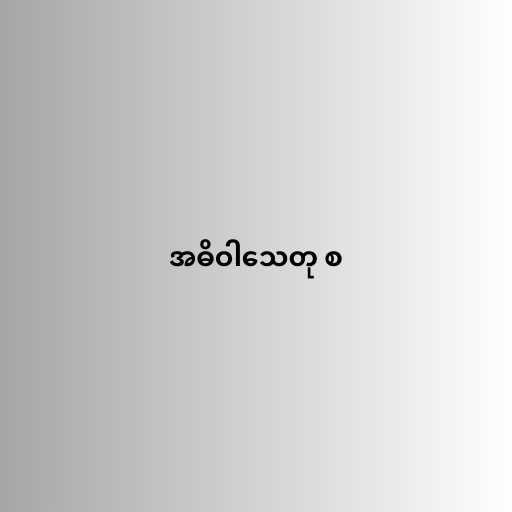
အဓိဝါသေတု စ